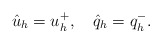
\begin{align*} \hat{u}_h=u_h^+,\ \ \ \hat{q}_h=q_h^-.\end{align*}